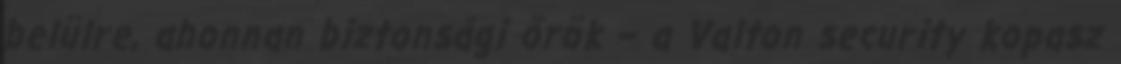
belülre, ahonnan biztonsági őrök – a Valton security kopasz